Source: Handwritten
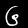
Digit: ၆ (6)